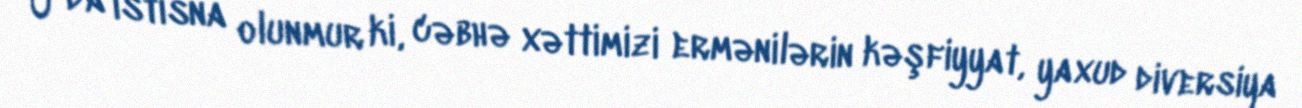
O da istisna olunmur ki, cəbhə xəttimizi ermənilərin kəşfiyyat, yaxud diversiya